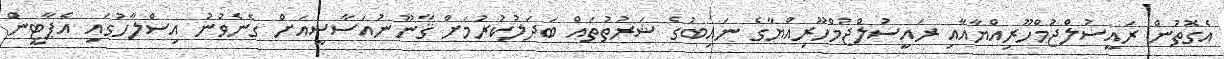
އެގޮތުން ރައީސުލްޖުމްހޫރިއްޔާއާއި ރައީސުލްޖުމްހޫރިއްޔާގެ ނައިބުގެ ޝަރުތުތައް ބަދަލުކުރުމަށް ޤާނޫނުއަސާސީއަށް ގެނެވުނު އިސްލާހުގައި އެޕާޓީން